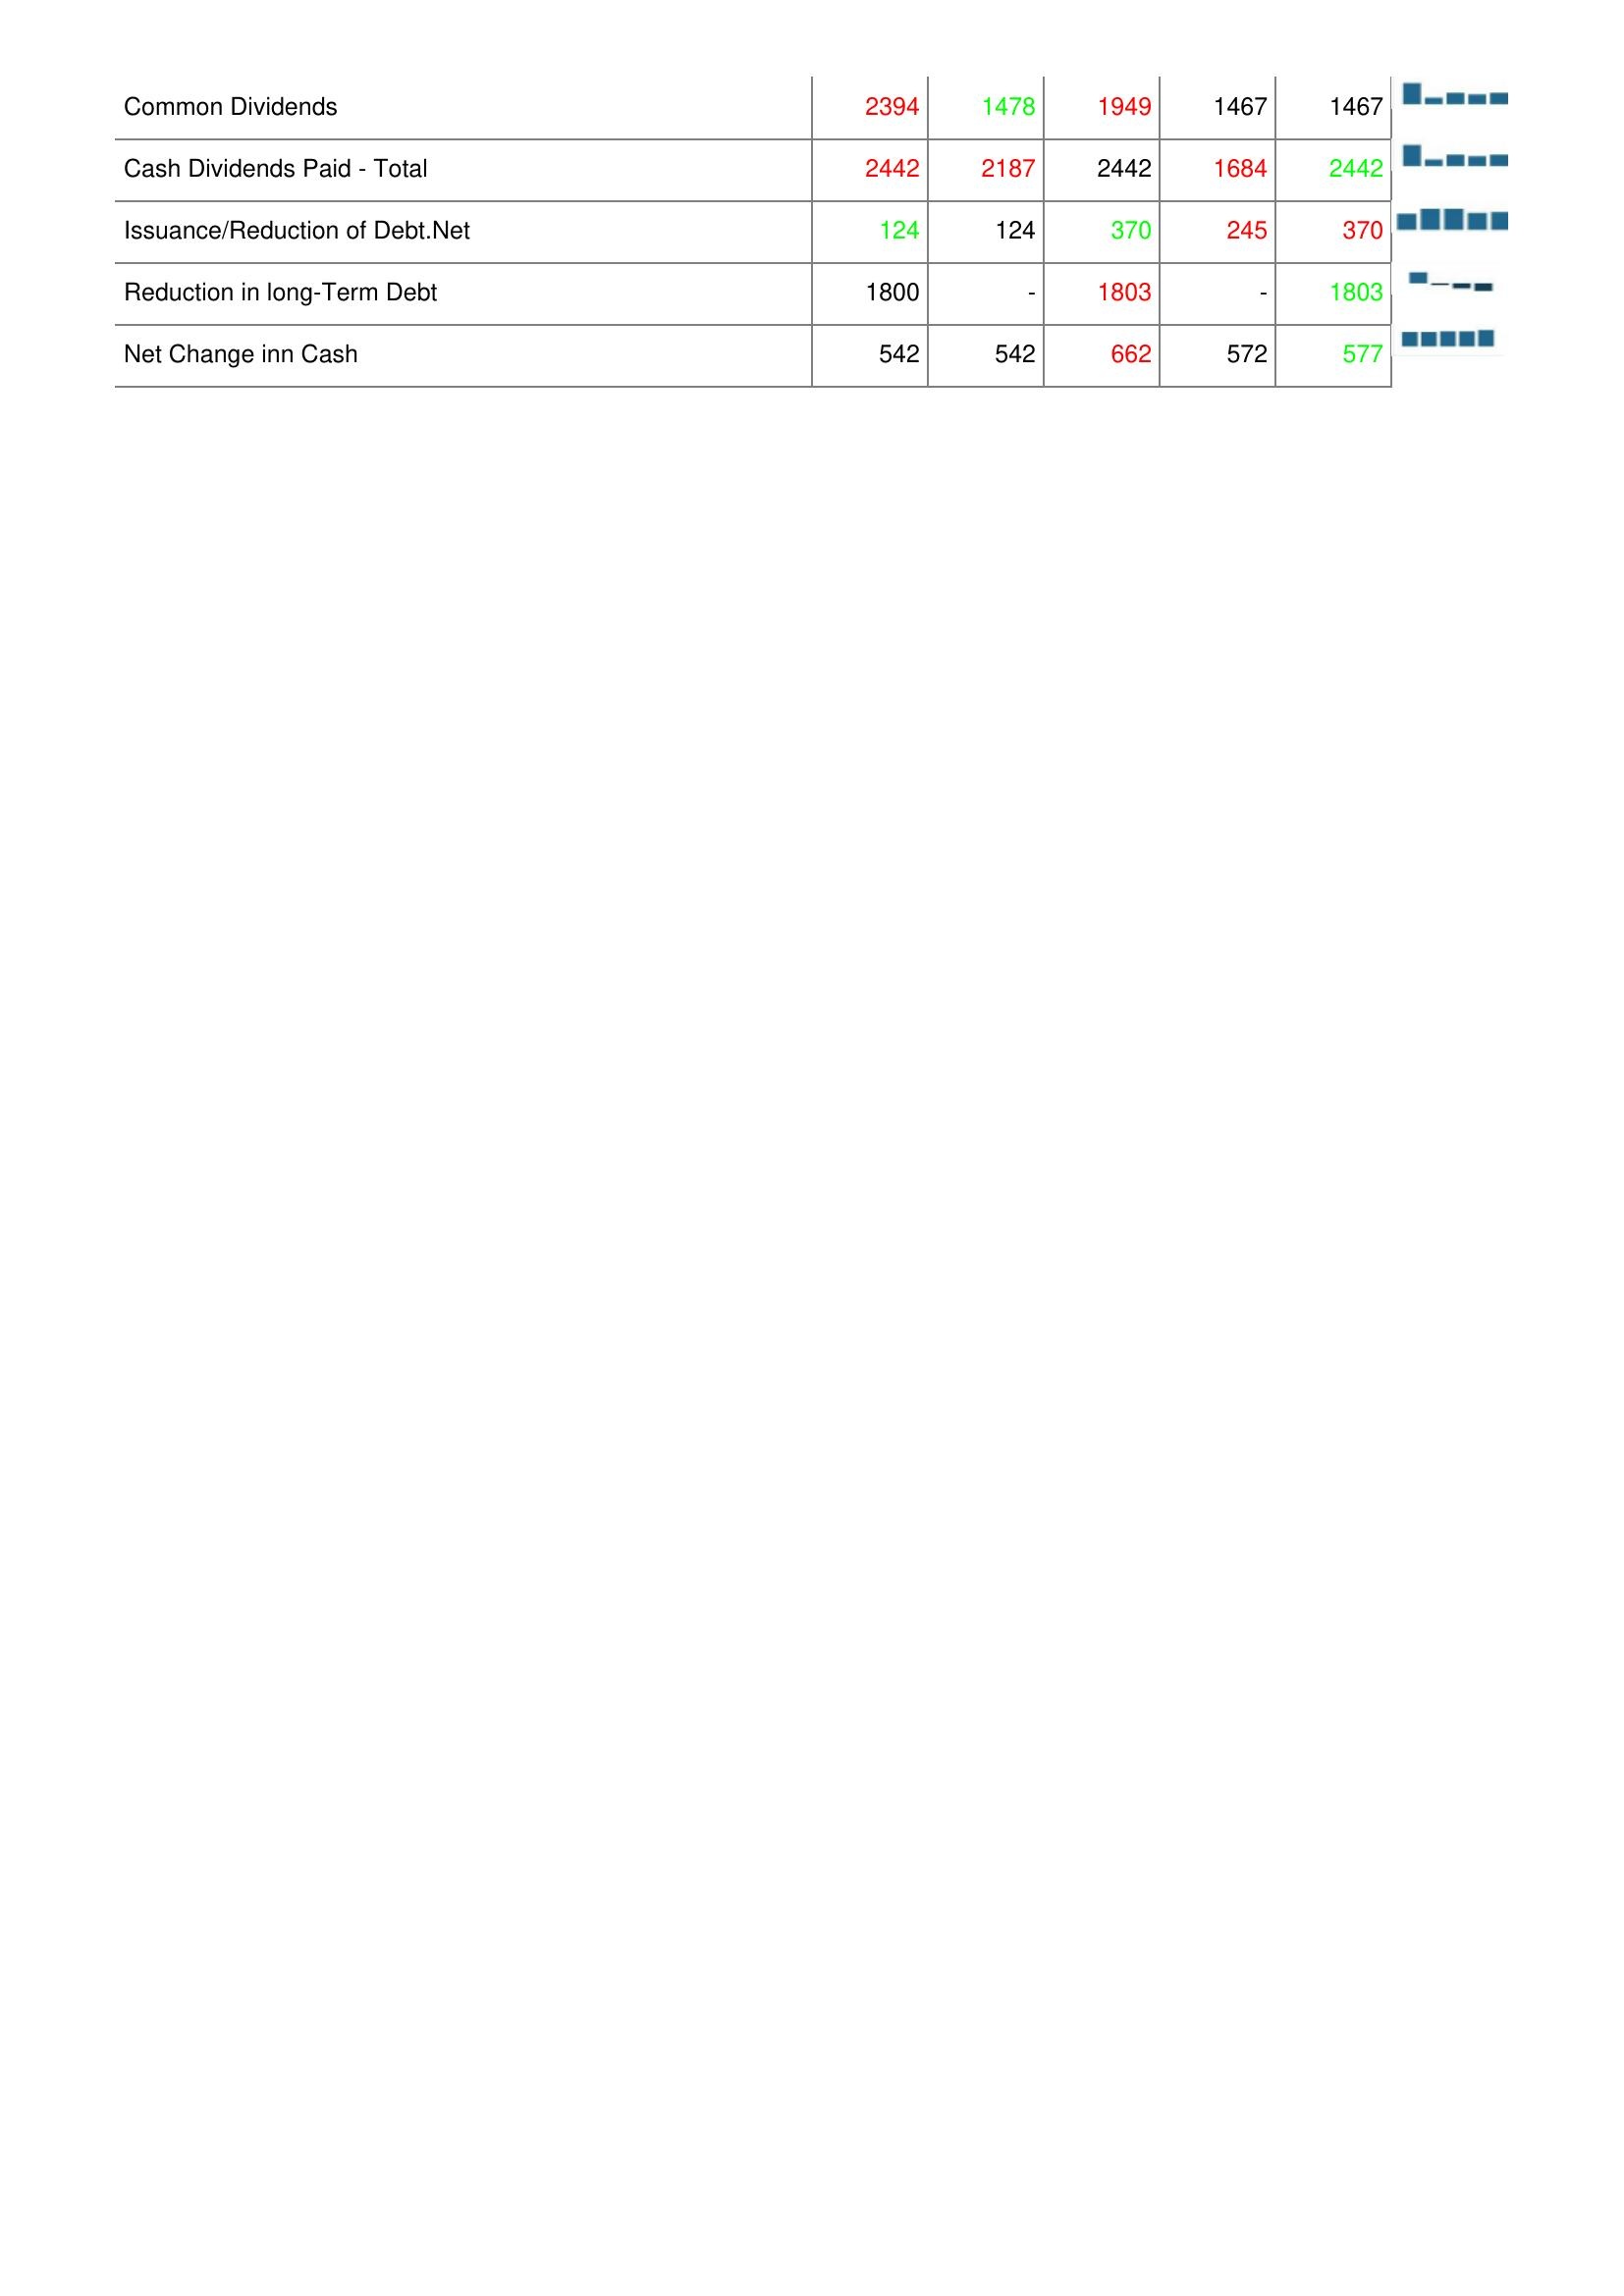
2011: Financing Activities: Common Dividends: 2394
Cash Dividends Paid - Total: 2442
Issuance/Reduction of Debt.Net: 124
Reduction in long-Term Debt: 1800
Net Change inn Cash: 542
2012: Financing Activities: Common Dividends: 1478
Cash Dividends Paid - Total: 2187
Issuance/Reduction of Debt.Net: 124
Reduction in long-Term Debt: -
Net Change inn Cash: 542
2013: Financing Activities: Common Dividends: 1949
Cash Dividends Paid - Total: 2442
Issuance/Reduction of Debt.Net: 370
Reduction in long-Term Debt: 1803
Net Change inn Cash: 662
2014: Financing Activities: Common Dividends: 1467
Cash Dividends Paid - Total: 1684
Issuance/Reduction of Debt.Net: 245
Reduction in long-Term Debt: -
Net Change inn Cash: 572
2015: Financing Activities: Common Dividends: 1467
Cash Dividends Paid - Total: 2442
Issuance/Reduction of Debt.Net: 370
Reduction in long-Term Debt: 1803
Net Change inn Cash: 577